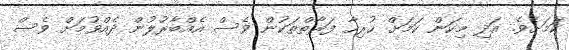
ކަމަށެވެ. އަދި މިކަން ކަމަށް ހުރިހާ ފަރާތްތަކުން ވެސް އެއްބާރުލުން ދެއްވުމަށް ވެސް